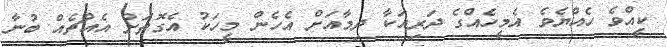
ކީއްވެ ހެއްޔެވެ އެމީހެއްގެ ދަރިއަކާ ދިމާއަށް އެހެން މީހަކު އެގޮތަށް އެއްޗެއް ބުނާ